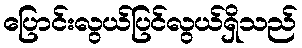
ပြောင်းလွယ်ပြင်လွယ်ရှိသည်